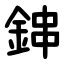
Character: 鋛